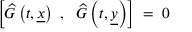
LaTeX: \left[ \widehat { G } \left( t , \underline { { { x } } } \right) ~ , ~ ~ \widehat { G } \left( t , \underline { { { y } } } \right) \right] \; = \; 0